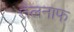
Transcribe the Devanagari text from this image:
तेलनाफ